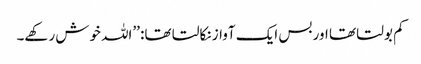
کم بولتا تھا اور بس ایک آواز نکالتا تھا: ’’اللہ خوش رکھے۔